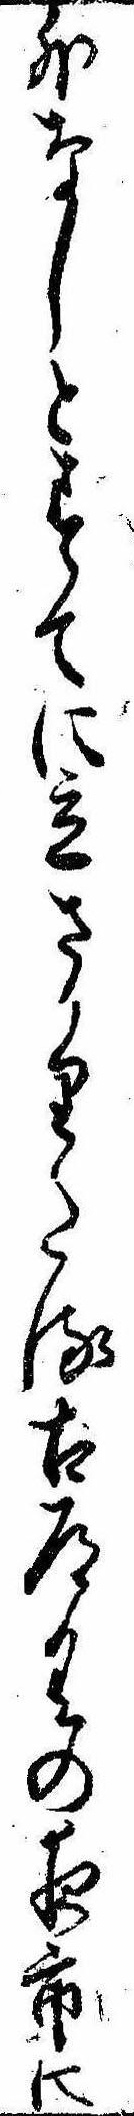
外なしとすてに立さかりたる古道具の夜市に